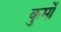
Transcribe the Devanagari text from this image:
कुर्मो